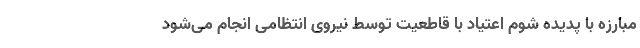
مبارزه با پدیده شوم اعتیاد با قاطعیت توسط نیروی انتظامی انجام می‌شود